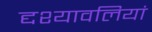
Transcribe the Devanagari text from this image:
द्दश्यावलियां